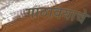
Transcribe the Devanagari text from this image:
गाठावयाचे